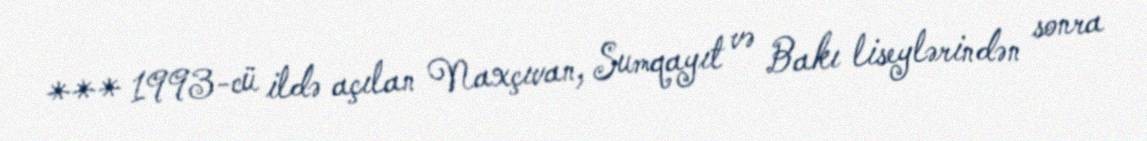
*** 1993-cü ildə açılan Naxçıvan, Sumqayıt və Bakı liseylərindən sonra